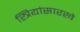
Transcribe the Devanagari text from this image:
स्त्रियांसारखे